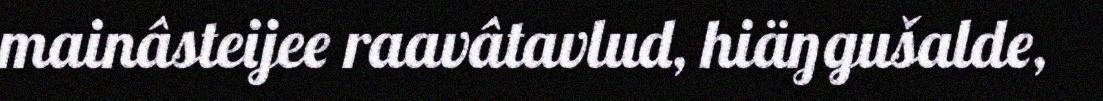
mainâsteijee raavâtavlud, hiäŋgušalde,